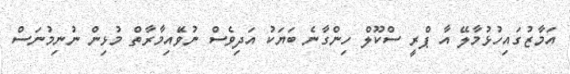
އަމާޒުގައިހުޅުމާލޭ އާ ޕްރީ ސްކޫލް ހިންގާނެ ބަޔަކު އަދިވެސް ނުވޭައިމާރާތް މުޅިން ނުނިމުނަސް